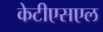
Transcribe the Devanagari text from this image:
केटीएसएल